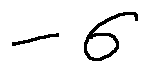
- \sigma